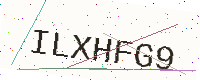
Text: ILXHFG9